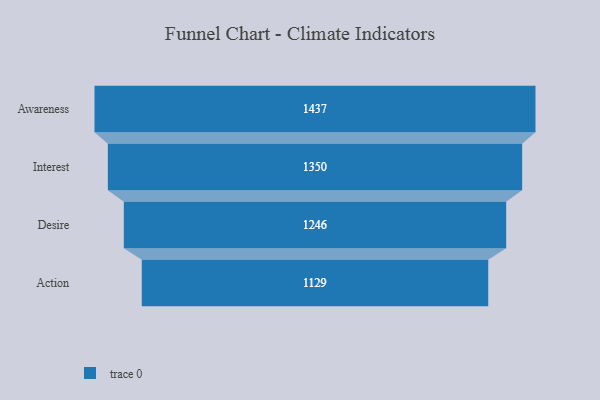
{"axis": {"x": "Stage", "y": "Value"}, "legend": [""], "data": [{"x": "Awareness", "y": 1437.0, "type": ""}, {"x": "Interest", "y": 1350.0, "type": ""}, {"x": "Desire", "y": 1246.0, "type": ""}, {"x": "Action", "y": 1129.0, "type": ""}]}